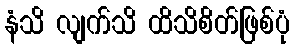
နံသိ လျက်သိ ထိသိစိတ်ဖြစ်ပုံ